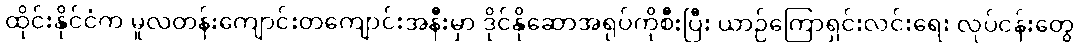
ထိုင်းနိုင်ငံက မူလတန်းကျောင်းတကျောင်းအနီးမှာ ဒိုင်နိုဆောအရုပ်ကိုစီးပြီး ယာဉ်ကြောရှင်းလင်းရေး လုပ်ငန်းတွေ